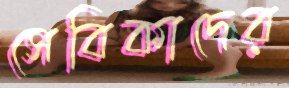
সেবিকাদের